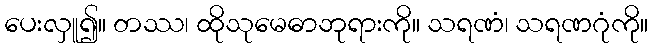
ပေးလှူ၍။ တဿ၊ ထိုသုမေဓာဘုရားကို။ သရဏံ၊ သရဏဂုံကို။